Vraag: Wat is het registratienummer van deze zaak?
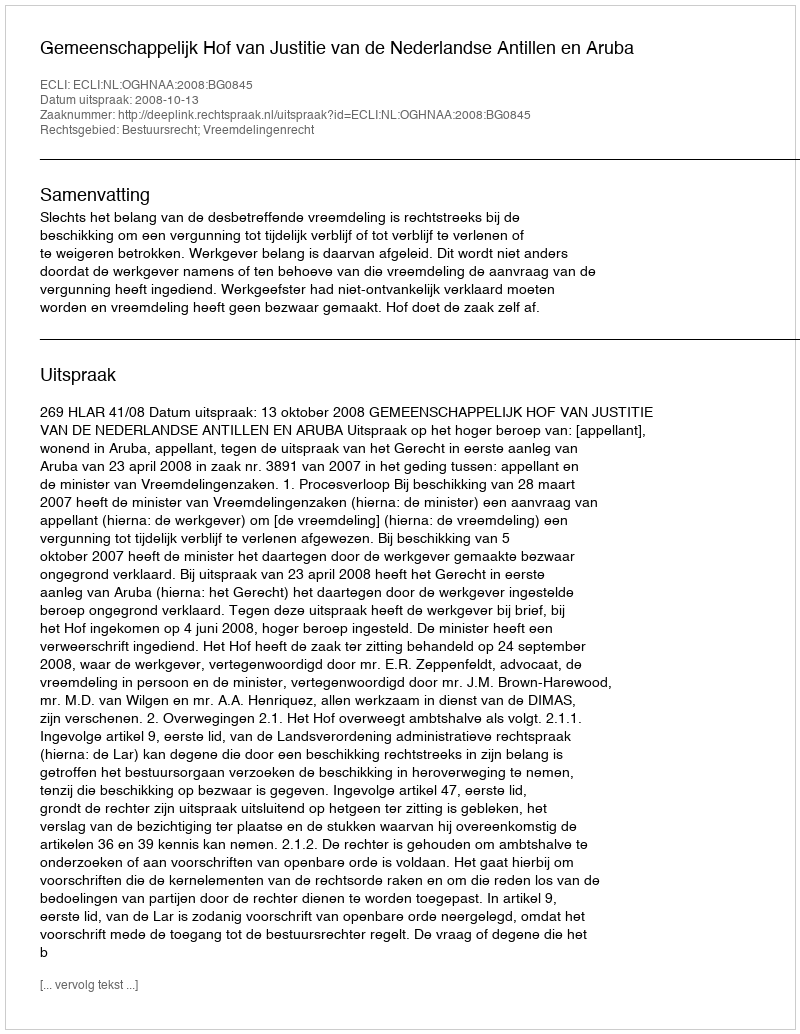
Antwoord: http://deeplink.rechtspraak.nl/uitspraak?id=ECLI:NL:OGHNAA:2008:BG0845